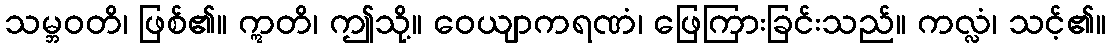
သမ္ဘဝတိ၊ ဖြစ်၏။ ဣတိ၊ ဤသို့။ ဝေယျာကရဏံ၊ ဖြေကြားခြင်းသည်။ ကလ္လံ၊ သင့်၏။